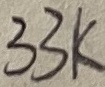
Text: 33K